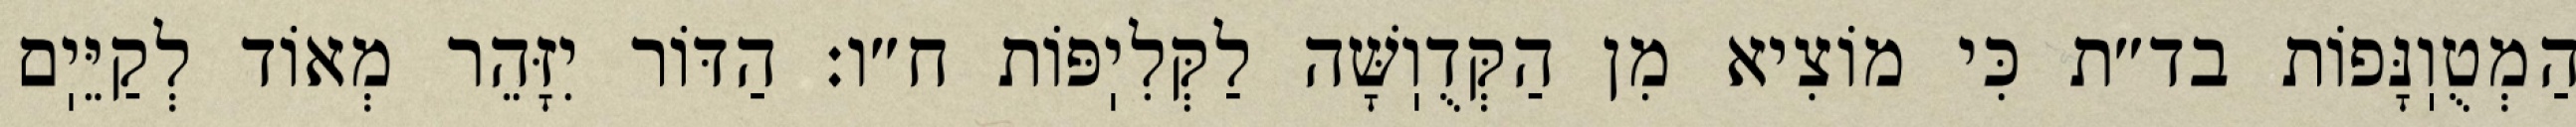
הַמְטֻוֽנָּפוֹת בד״ת כִּי מוֹצִיא מִן הַקְּדֻוֽשָּׁה לַקְּלִיֽפּוֹת ח״ו: הַדּוֹר יִזָּהֵר מְאוֹד לְקַיֵּיֽם